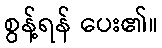
စွန့်ရန် ပေး၏။